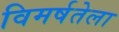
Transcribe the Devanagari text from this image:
विमर्षतेला